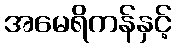
အမေရိကန်နှင့်